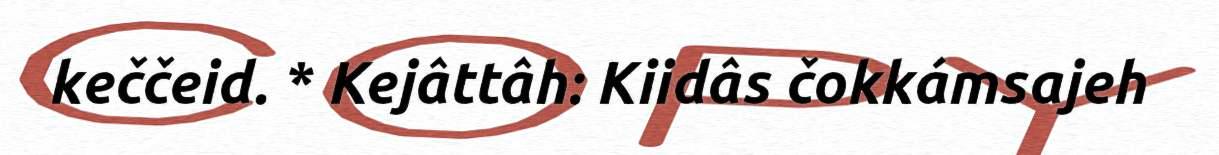
keččeid. * Kejâttâh: Kiidâs čokkámsajeh